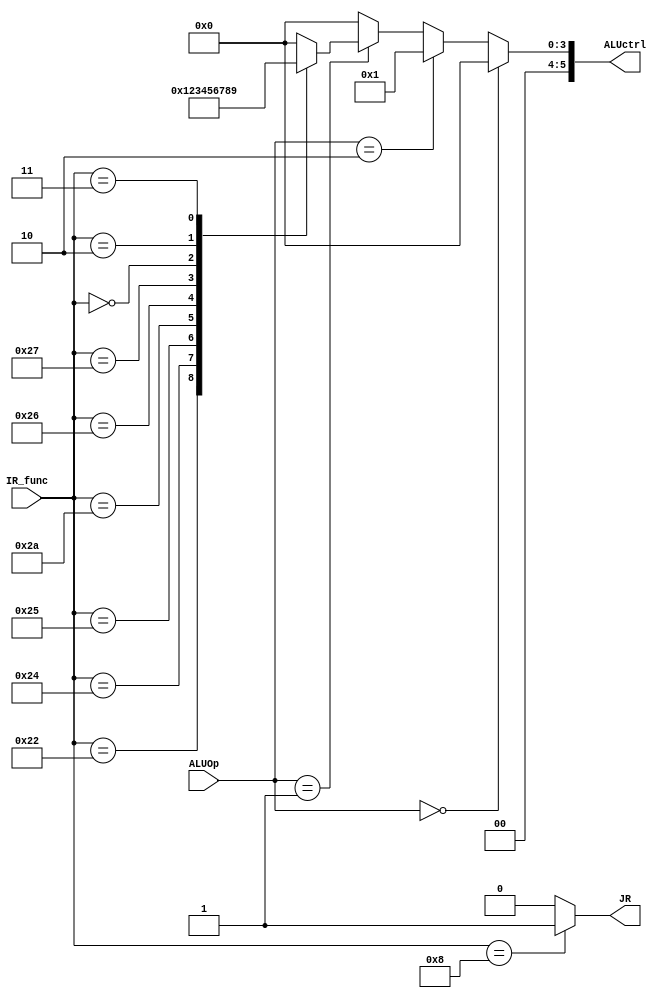
module ALUControl(
IR_func,
ALUOp,
ALUctrl,
JR
);

input [5:0] IR_func;  //funct_RegD
input [3:0] ALUOp;    //ALUOp_RegD
output [5:0] ALUctrl; //alu_op
output JR;            //JR

assign JR = (IR_func == 4'b1000)? 1 : 0;

always@ (*) begin
	if(ALUOp == 2'b00) ALUctrl = 0;
	else if(ALUOp == 2'b10) ALUctrl = 1;
	else if(ALUOp == 2'b01) begin
		case(IR_func)
			6'b100000: ALUctrl = 0; //add
			6'b100010: ALUctrl = 1; //sub
			6'b100100: ALUctrl = 2; //and
			6'b100101: ALUctrl = 3; //or
			6'b101010: ALUctrl = 4; //set less than
			6'b100110: ALUctrl = 5; //xor
			6'd39	 : ALUctrl = 6; //nor
			6'd0	 : ALUctrl = 7; //shift left
			6'd2	 : ALUctrl = 8; //shift right
			6'd3 	 : ALUctrl = 9; //shift right arithmetic
			default: ALUctrl = 0;
		endcase
	end
	else ALUctrl = 0;
end

endmodule